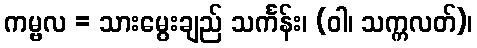
ကမ္ဗလ = သားမွေးချည် သင်္ကန်း၊ (ဝါ၊ သက္ကလတ်)၊